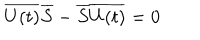
LaTeX: \overline { { { U ( t ) } } } \overline { { { S } } } - \overline { { { S } } } \overline { { { U ( t ) } } } = 0